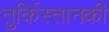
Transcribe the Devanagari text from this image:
तुर्किस्तानकी